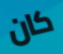
كان